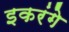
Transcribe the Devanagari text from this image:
इकरंगे